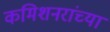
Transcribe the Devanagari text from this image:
कमिशनरांच्या